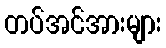
တပ်အင်အားများ